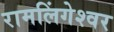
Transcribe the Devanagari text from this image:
रामलिंगेश्‍वर